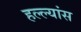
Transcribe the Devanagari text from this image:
हल्ल्यांस